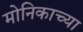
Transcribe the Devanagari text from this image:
मोनिकाच्या